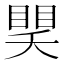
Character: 𥈏